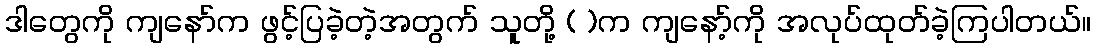
ဒါတွေကို ကျနော်က ဖွင့်ပြခဲ့တဲ့အတွက် သူတို့ ( )က ကျနော့်ကို အလုပ်ထုတ်ခဲ့ကြပါတယ်။